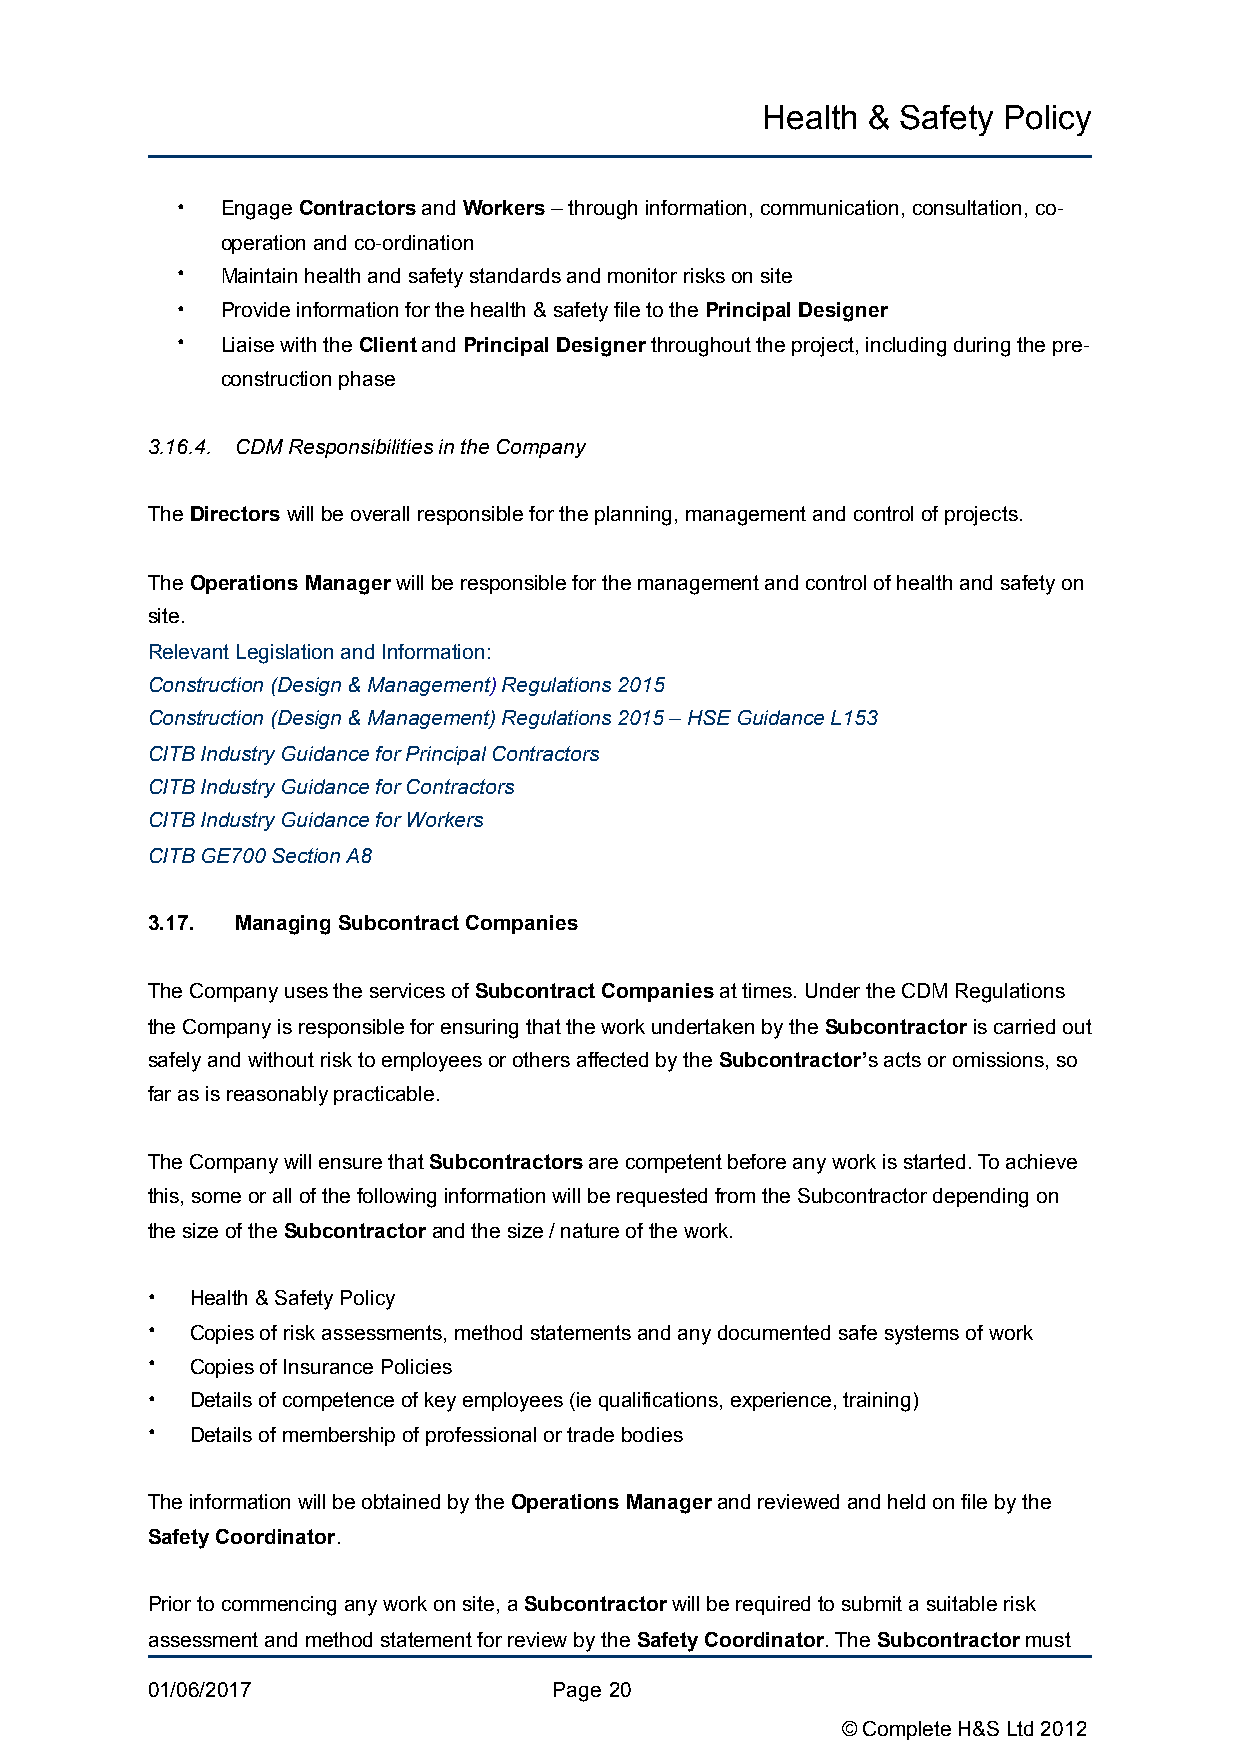
Health &  Safety Policy
 •  Engage Contractors and Workers – through information, communication, consultation, co-
 operation and co-ordination
 •  Maintain health and safety standards and monitor risks on site
 •  Provide information for the health & safety file to the Principal Designer
 •  Liaise with the Client and Principal Designer throughout the project, including during the pre-
 construction phase
 3.16.4. CDM Responsibilities in the Company
 The Directors will be overall responsible for the planning, management and control of projects.
 The Operations Manager will be responsible for the management and control of health and safety on
 site.
 Relevant Legislation and Information:
 Construction (Design & Management) Regulations 2015
 Construction (Design & Management) Regulations 2015 – HSE Guidance L153
 CITB Industry Guidance for Principal Contractors
 CITB Industry Guidance for Contractors
 CITB Industry Guidance for Workers
 CITB GE700 Section A8
 3.17. Managing Subcontract Companies
 The Company uses the services of Subcontract Companies at times. Under the CDM Regulations
 the Company is responsible for ensuring that the work undertaken by the Subcontractor is carried out
 safely and without risk to employees or others affected by the Subcontractor’s acts or omissions, so
 far as is reasonably practicable.
 The Company will ensure that Subcontractors are competent before any work is started. To achieve
 this, some or all of the following information will be requested from the Subcontractor depending on
 the size of the Subcontractor and the size / nature of the work.
 •  Health & Safety Policy
 •  Copies of risk assessments, method statements and any documented safe systems of work
 •  Copies of Insurance Policies
 •  Details of competence of key employees (ie qualifications, experience, training)
 •  Details of membership of professional or trade bodies
 The information will be obtained by the Operations Manager and reviewed and held on file by the
 Safety Coordinator.
 Prior to commencing any work on site, a Subcontractor will be required to submit a suitable risk
 assessment and method statement for review by the Safety Coordinator. The Subcontractor must
 01/06/2017                 Page !20
 © Complete H&S Ltd 2012